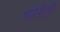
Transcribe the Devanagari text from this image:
पतिरी